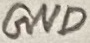
Text: GND